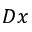
D x